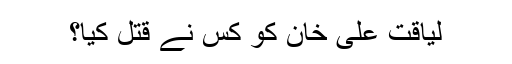
لیاقت علی خان کو کس نے قتل کیا؟